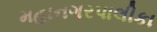
મહાનગરપાલીકા